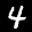
Label: 4